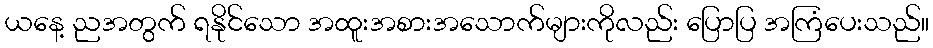
ယနေ့ ညအတွက် ရနိုင်သော အထူးအစားအသောက်များကိုလည်း ပြောပြ အကြံပေးသည်။